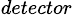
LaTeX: _{detector}